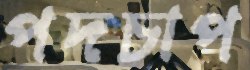
পদচাপ